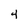
Character: 4